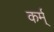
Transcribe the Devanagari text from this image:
कर्म्